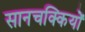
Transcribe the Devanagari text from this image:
सानचक्कियों